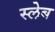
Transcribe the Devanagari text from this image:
स्लेब